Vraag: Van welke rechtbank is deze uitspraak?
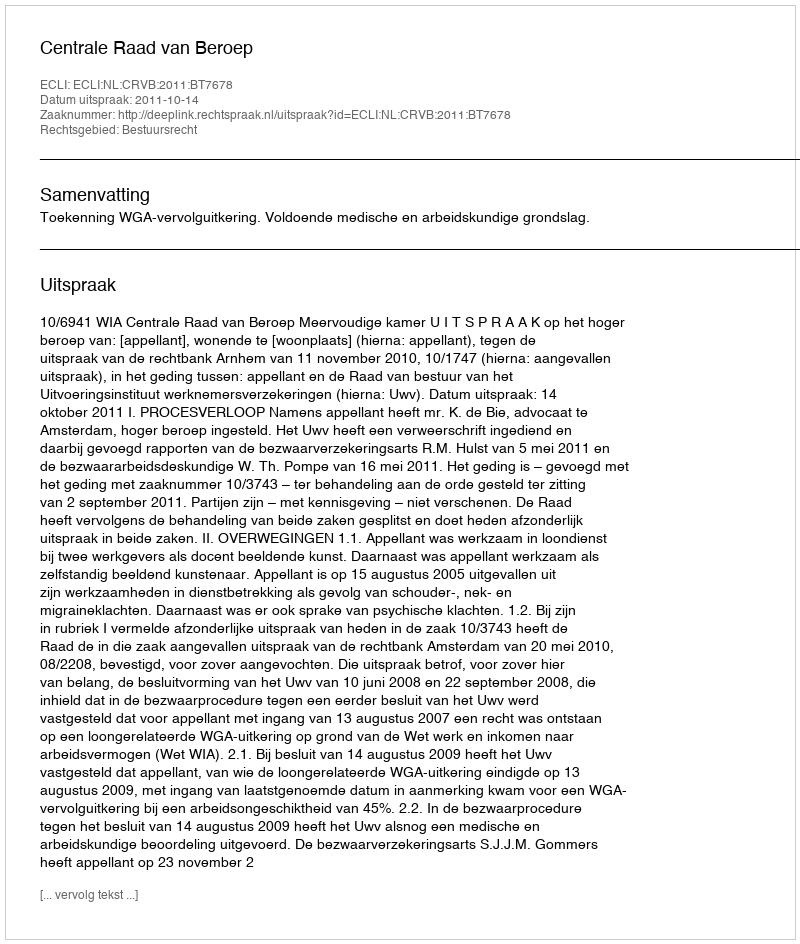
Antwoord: Centrale Raad van Beroep